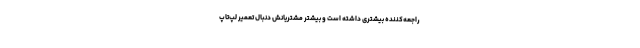
راجعه‌کننده بیشتری داشته است و بیشتر مشتریانش دنبال تعمیر لپ‌تاپ‌